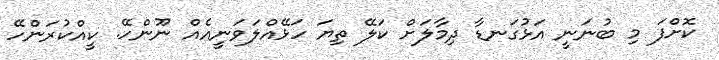
ކޮށްފަ މި ބުނަނީ އަޅުގަނޑާ ދިމާލަށް ކަލޭ ތިޔަ ހަޅޭއްލަވަނީއެއް ނޫންހޭ. ކީއްކުރަންހޭ